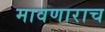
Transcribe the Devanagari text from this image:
मावणाराच